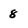
Character: 8